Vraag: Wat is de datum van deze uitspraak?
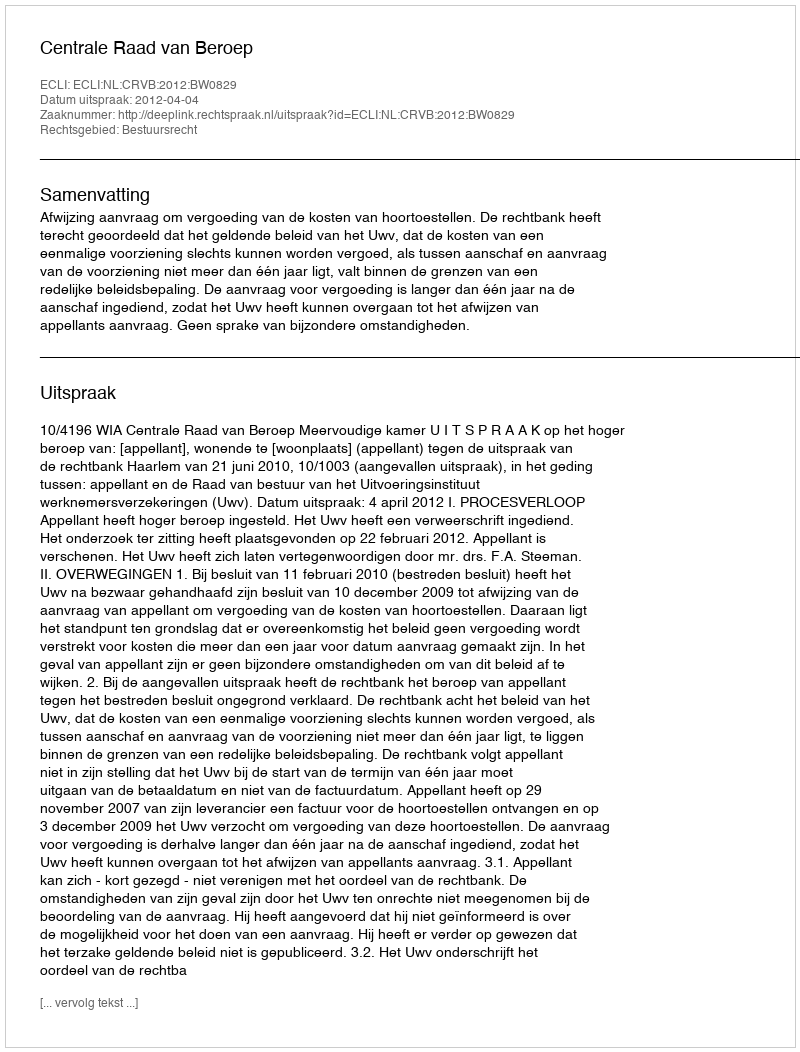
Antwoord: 2012-04-04